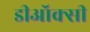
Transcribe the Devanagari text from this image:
डीऑक्सी